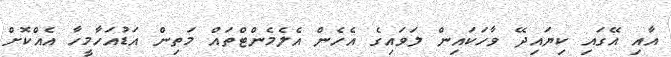
އާއި އޭގައި ކިޔައިދޭ ވާހަކައިން ލަވައިގެ އެހެން އެލެމެންޓްތައް މަތިން އަޑުއަހާމީހާ އެއްކޮށް